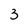
Character: 3